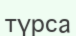
түрса